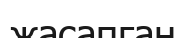
жасапган